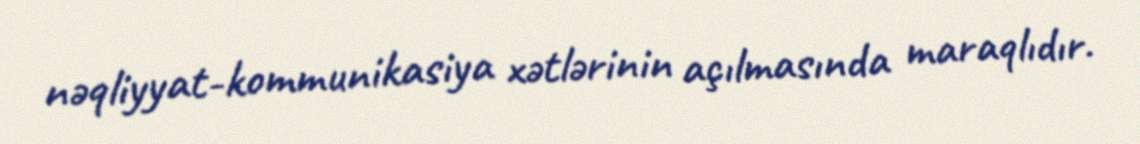
nəqliyyat-kommunikasiya xətlərinin açılmasında maraqlıdır.